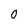
Character: O